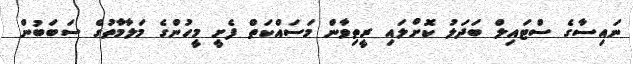
ނައިސާގެ ސްޓައިލް ބަދަލު ކޮށްލައި ރީތިވާން މަސައްކަތް ފެށީ މީހުންގެ މަލާމާތުގެ ސަބަބުން